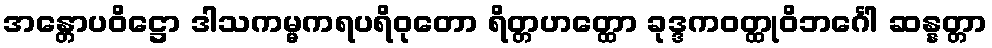
အန္တောပဝိဋ္ဌော ဒါသကမ္မကရပရိဝုတော ရိတ္တဟတ္ထော ခုဒ္ဒကဝတ္ထုဝိဘင်္ဂေါ ဆန္နတ္တာ